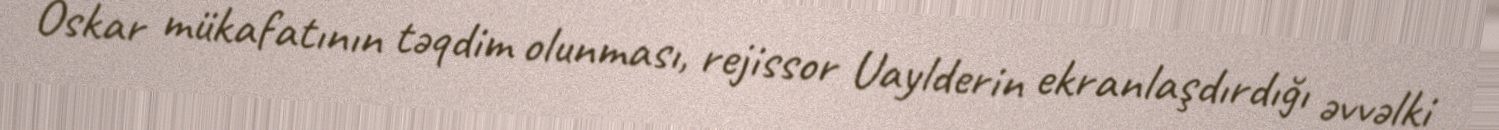
Oskar mükafatının təqdim olunması, rejissor Uaylderin ekranlaşdırdığı əvvəlki